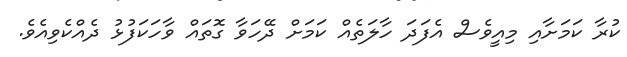
ކުރާ ކަމަށާއި މިއީވެސް އެފަދަ ހާލަތެއް ކަމަށް ދޭހަވާ ގޮތައް ވާހަކަފުޅު ދެއްކެވިއެވެެ.